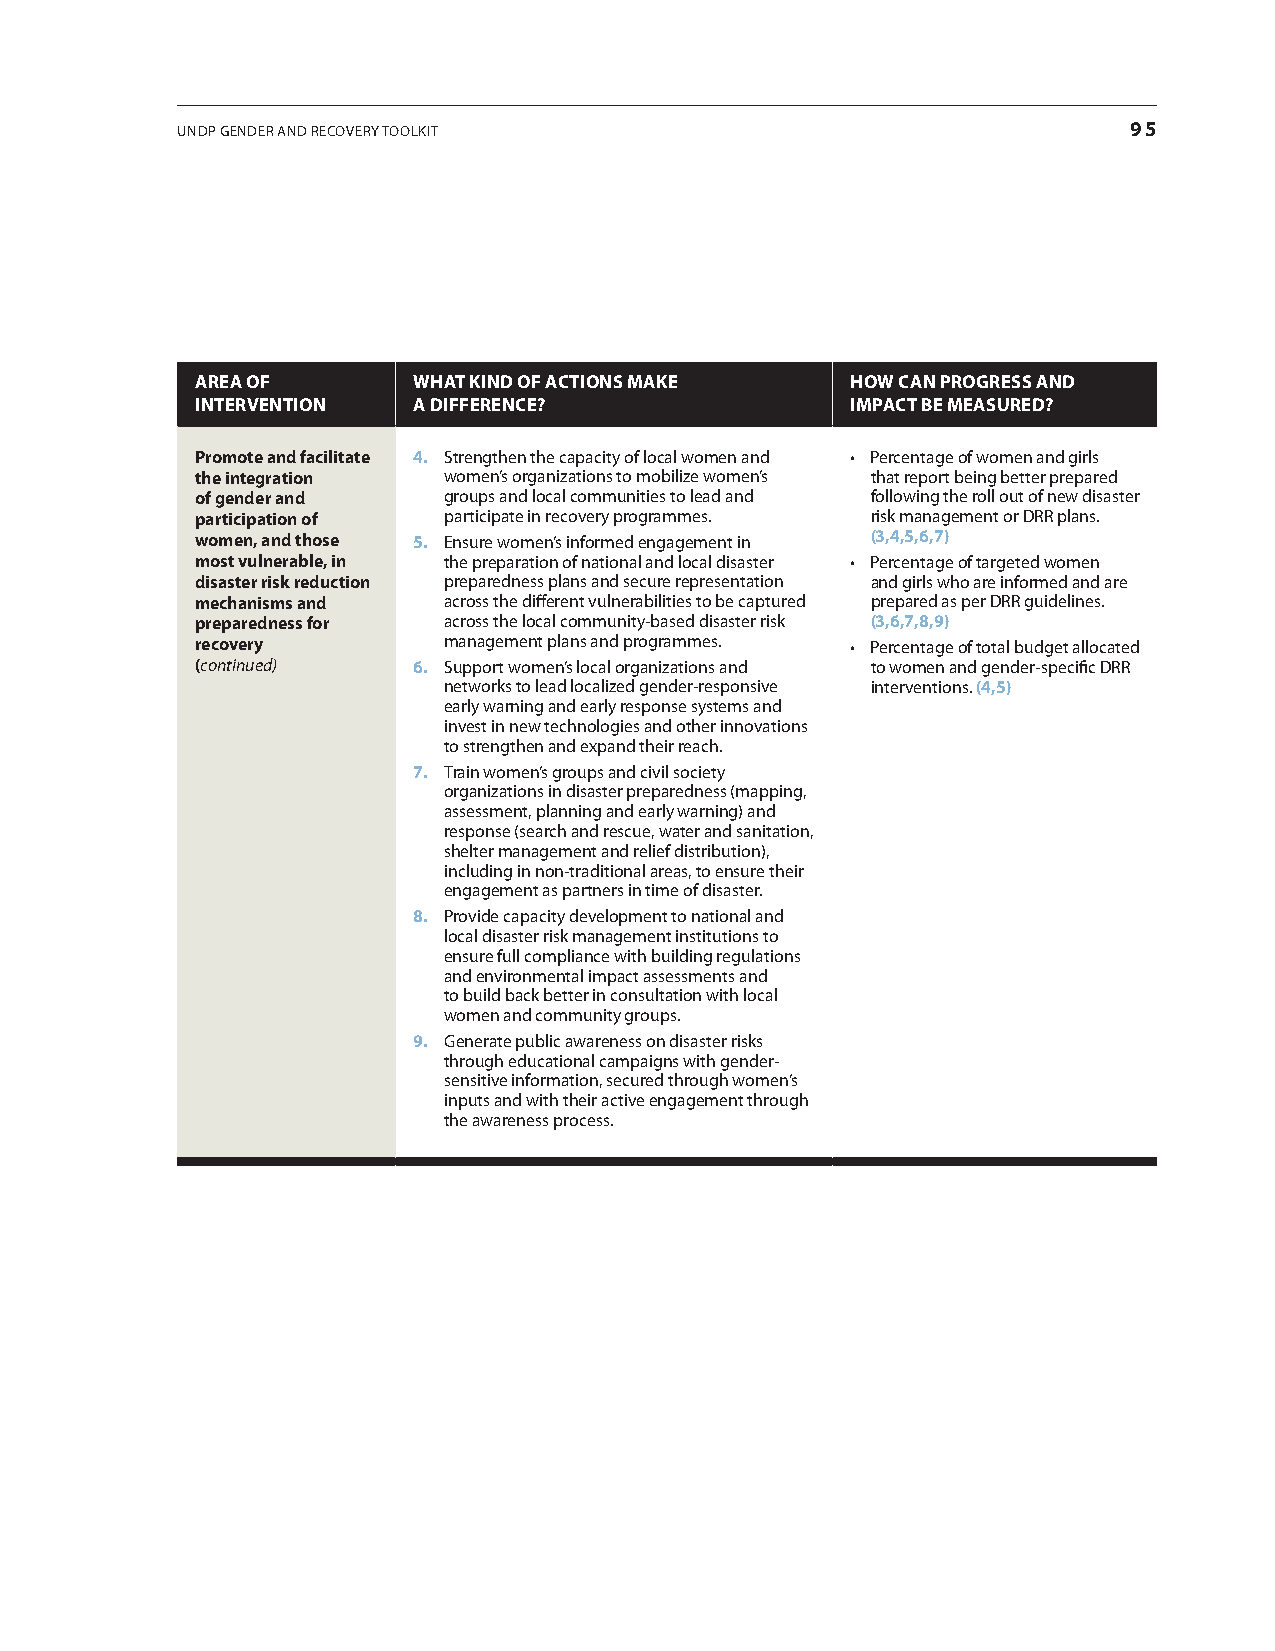
undP gEndEr and rEcovEry toolkit                               95
 ArEA of       WhAt kIND of ACtIoNs mAkE    hoW CAN proGrEss AND
 INtErvENtIoN  a DIffErEncE?                Impact bE mEaSUrED?
 promote and facilitate 4. strengthen the capacity of local women and • Percentage of women and girls
 the integration women’s organizations to mobilize women’s that report being better prepared
 of gender and   groups and local communities to lead and following the roll out of new disaster
 participation of participate in recovery programmes. risk management or drr plans.
 women, and those 5. Ensure women’s informed engagement in (3,4,5,6,7)
 most vulnerable, in the preparation of national and local disaster • Percentage of targeted women
 disaster risk reduction preparedness plans and secure representation and girls who are informed and are
 mechanisms and  across the different vulnerabilities to be captured prepared as per drr guidelines.
 preparedness for across the local community-based disaster risk (3,6,7,8,9)
 recovery        management plans and programmes. • Percentage of total budget allocated
 (continued)   6. support women’s local organizations and to women and gender-specific drr
 networks to lead localized gender-responsive interventions. (4,5)
 early warning and early response systems and
 invest in new technologies and other innovations
 to strengthen and expand their reach.
 7. train women’s groups and civil society
 organizations in disaster preparedness (mapping,
 assessment, planning and early warning) and
 response (search and rescue, water and sanitation,
 shelter management and relief distribution),
 including in non-traditional areas, to ensure their
 engagement as partners in time of disaster.
 8. Provide capacity development to national and
 local disaster risk management institutions to
 ensure full compliance with building regulations
 and environmental impact assessments and
 to build back better in consultation with local
 women and community groups.
 9. generate public awareness on disaster risks
 through educational campaigns with gender-
 sensitive information, secured through women’s
 inputs and with their active engagement through
 the awareness process.